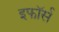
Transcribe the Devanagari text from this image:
इफॉर्स